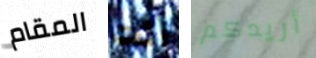
المقام أنت أريدكم